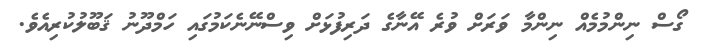
ގޯސް ނިންމުމެއް ނިންމާ ވަރަށް ވުރެ އޭނާގެ ދަރިފުޅަށް ވިސްނޭނެކަމުގައި ހަމްދޫނު ޤަބޫލުކުރިއެވެ.